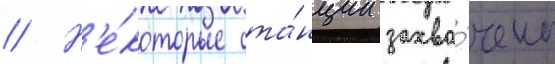
// Н'е́которые ста́нции захва́чены